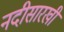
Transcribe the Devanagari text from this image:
नदीसारखी